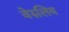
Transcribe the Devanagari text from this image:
वेरुलिय